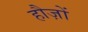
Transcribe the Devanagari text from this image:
हौज़ों